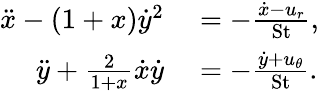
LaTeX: \begin{array}{rl}{\ddot{x}-(1+x)\dot{y}^{2}}&{{}=-\frac{\dot{x}-u_{r}}{\mathrm{St}},}\\ {\ddot{y}+\frac{2}{1+x}\dot{x}\dot{y}}&{{}=-\frac{\dot{y}+u_{\theta}}{\mathrm{St}}.}\end{array}